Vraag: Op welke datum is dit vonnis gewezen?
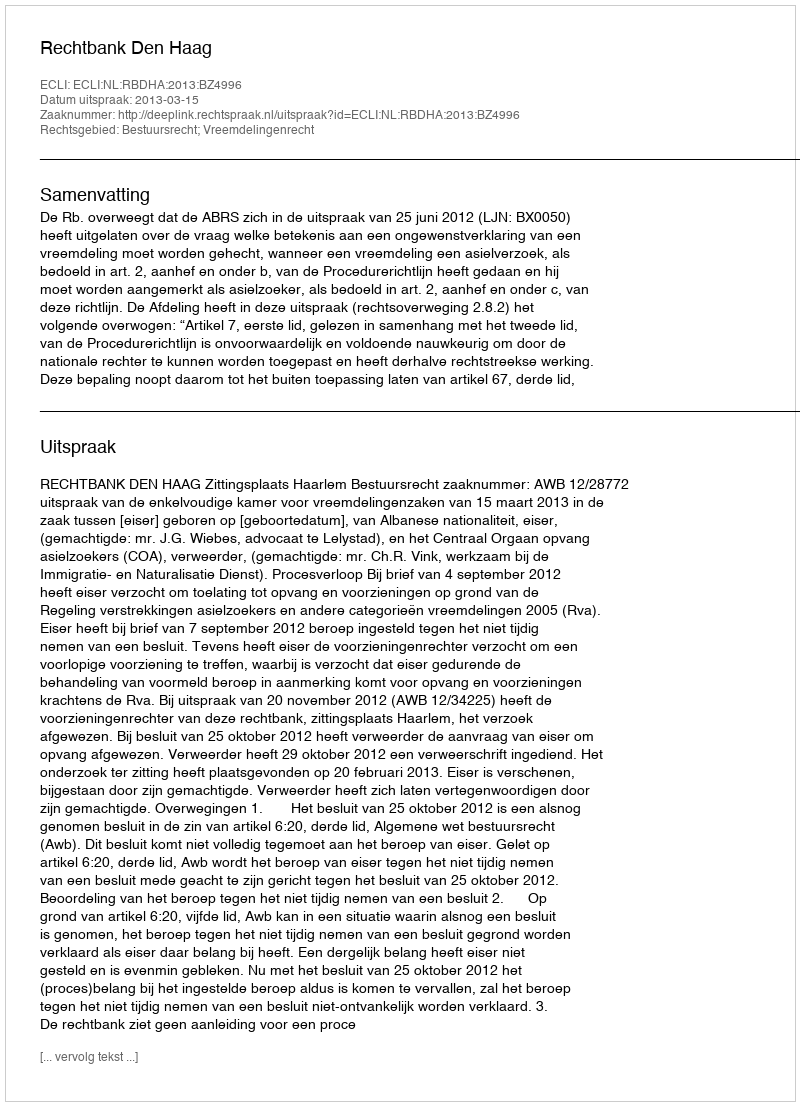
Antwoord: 2013-03-15